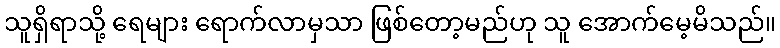
သူရှိရာသို့ ရေများ ရောက်လာမှသာ ဖြစ်တော့မည်ဟု သူ အောက်မေ့မိသည်။